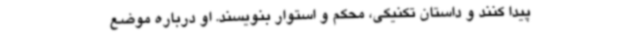
پیدا کنند و داستان تکنیکی، محکم‌ و استوار بنویسند. او درباره موضع